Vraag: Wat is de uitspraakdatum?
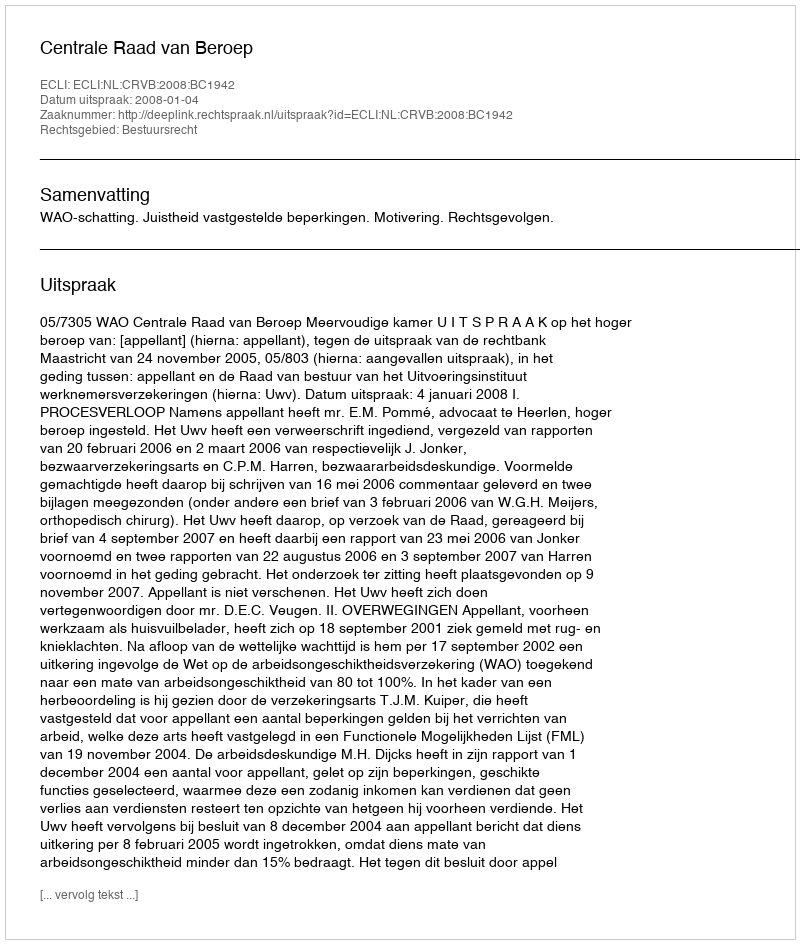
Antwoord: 2008-01-04